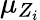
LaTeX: \mu_{Z_{i}}